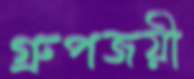
গ্রুপজয়ী